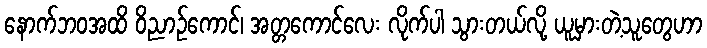
နောက်ဘဝအထိ ဝိညာဉ်ကောင်၊ အတ္တကောင်လေး လိုက်ပါ သွားတယ်လို့ ယူမှားတဲ့သူတွေဟာ